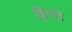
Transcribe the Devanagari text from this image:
हिरडे